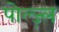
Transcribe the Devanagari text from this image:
पोल्ज़्ल